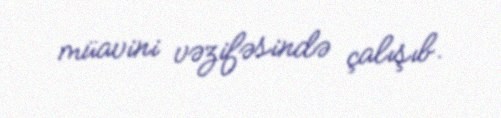
müavini vəzifəsində çalışıb.